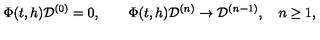
\Phi ( t , h ) { \cal D } ^ { ( 0 ) } = 0 , \qquad \Phi ( t , h ) { \cal D } ^ { ( n ) } \rightarrow { \cal D } ^ { ( n - 1 ) } , \quad n \geq 1 , \nonumber